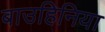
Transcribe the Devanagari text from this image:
बाउहिनिया